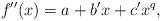
LaTeX: \begin{align*}f''(x) = a+b'x+c'x^q,\end{align*}